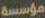
مؤسسة